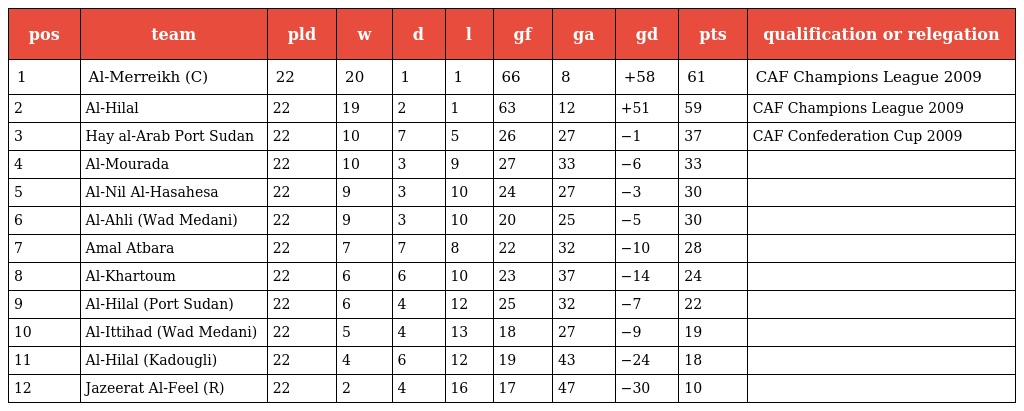
| pos | team | pld | w | d | l | gf | ga | gd | pts | qualification or relegation |
 | --- | --- | --- | --- | --- | --- | --- | --- | --- | --- | --- |
 | 1 | Al-Merreikh (C) | 22 | 20 | 1 | 1 | 66 | 8 | +58 | 61 | CAF Champions League 2009 |
 | 2 | Al-Hilal | 22 | 19 | 2 | 1 | 63 | 12 | +51 | 59 | CAF Champions League 2009 |
 | 3 | Hay al-Arab Port Sudan | 22 | 10 | 7 | 5 | 26 | 27 | −1 | 37 | CAF Confederation Cup 2009 |
 | 4 | Al-Mourada | 22 | 10 | 3 | 9 | 27 | 33 | −6 | 33 |  |
 | 5 | Al-Nil Al-Hasahesa | 22 | 9 | 3 | 10 | 24 | 27 | −3 | 30 |  |
 | 6 | Al-Ahli (Wad Medani) | 22 | 9 | 3 | 10 | 20 | 25 | −5 | 30 |  |
 | 7 | Amal Atbara | 22 | 7 | 7 | 8 | 22 | 32 | −10 | 28 |  |
 | 8 | Al-Khartoum | 22 | 6 | 6 | 10 | 23 | 37 | −14 | 24 |  |
 | 9 | Al-Hilal (Port Sudan) | 22 | 6 | 4 | 12 | 25 | 32 | −7 | 22 |  |
 | 10 | Al-Ittihad (Wad Medani) | 22 | 5 | 4 | 13 | 18 | 27 | −9 | 19 |  |
 | 11 | Al-Hilal (Kadougli) | 22 | 4 | 6 | 12 | 19 | 43 | −24 | 18 |  |
 | 12 | Jazeerat Al-Feel (R) | 22 | 2 | 4 | 16 | 17 | 47 | −30 | 10 |  |